Report on vaccination for the Province of Oudh 1872 -
Year: 1872
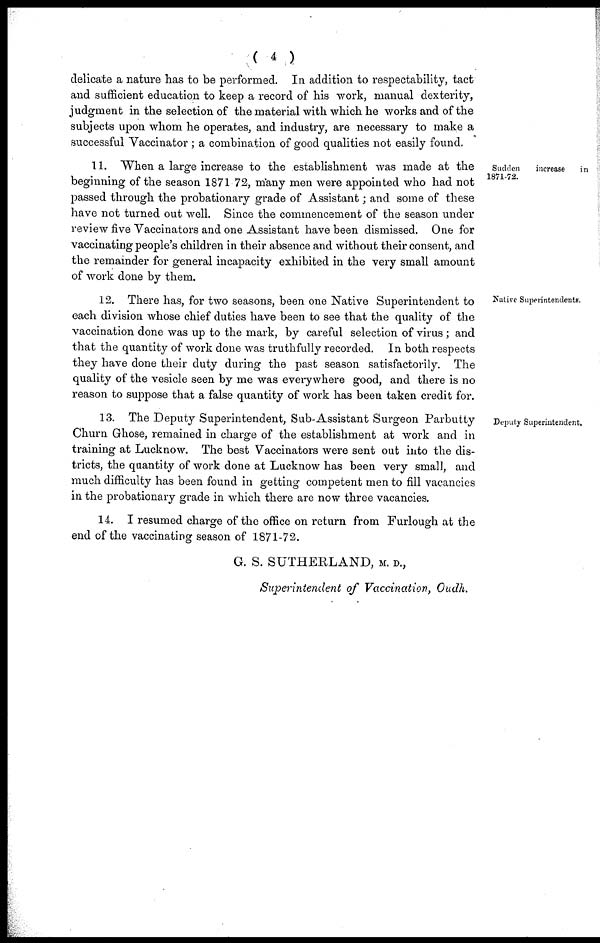
( 4 )
delicate a nature has to be performed. In addition to respectability, tact
and sufficient education to keep a record of his work, manual dexterity,
judgment in the selection of the material with which he works and of the
subjects upon whom he operates, and industry, are necessary to make a
successful Vaccinator; a combination of good qualities not easily found.
Sudden
increase
in
1871-72.
11. When a large increase to the establishment was made at the
beginning of the season 1871 72, many men were appointed who had not
passed through the probationary grade of Assistant; and some of these
have not turned out well. Since the commencement of the season under
review five Vaccinators and one Assistant have been dismissed. One for
vaccinating people's children in their absence and without their consent, and
the remainder for general incapacity exhibited in the very small amount
of work done by them.
Native Superintendents.
12. There has, for two seasons, been one Native Superintendent to
each division whose chief duties have been to see that the quality of the
vaccination done was up to the mark, by careful selection of virus; and
that the quantity of work done was truthfully recorded. In both respects
they have done their duty during the past season satisfactorily. The
quality of the vesicle seen by me was everywhere good, and there is no
reason to suppose that a false quantity of work has been taken credit for.
Deputy Superintendent.
13. The Deputy Superintendent, Sub-Assistant Surgeon Parbutty
Churn Ghose, remained in charge of the establishment at work and in
training at Lucknow. The best Vaccinators were sent out into the dis-
tricts, the quantity of work done at Lucknow has been very small, and
much difficulty has been found in getting competent men to fill vacancies
in the probationary grade in which there are now three vacancies.
14. I resumed charge of the office on return from Furlough at the
end of the vaccinating season of 1871-72.
G. S. SUTHERLAND, M. D.,
Superintendent of Vaccination, Oudh.